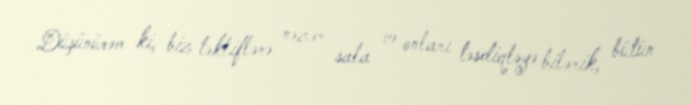
Düşünürəm ki, biz təkliflərə nəzər sala və onları təsdiqləyə bilərik, bütün